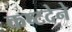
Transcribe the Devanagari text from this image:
कष्टदेने